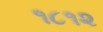
૧૮૧૨